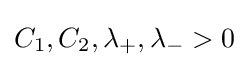
C_{1},C_{2},\lambda _{+},\lambda _{-}>0